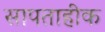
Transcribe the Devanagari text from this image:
सापताहीक